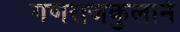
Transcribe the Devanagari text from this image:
गणराजकुलानं